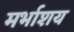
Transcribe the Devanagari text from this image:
मर्भाशय